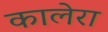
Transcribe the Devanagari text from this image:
कालेरा